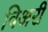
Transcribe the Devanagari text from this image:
विअरी